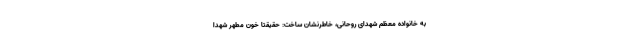
به خانواده معظم شهدای روحانی، خاطرنشان ساخت: حقیقتا خون مطهر شهدا